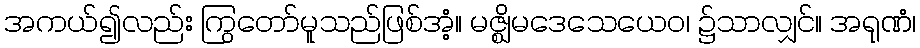
အကယ်၍လည်း ကြွတော်မူသည်ဖြစ်အံ့။ မဇ္ဈိမဒေသေယေဝ၊ ၌သာလျှင်။ အရုဏံ၊